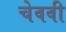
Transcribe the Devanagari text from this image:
चेववी